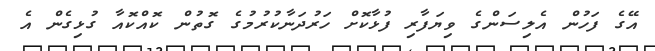
އޭގެ ފަހުން އެލިސަންގެ ވިޔަފާރި ފުޅާކޮށް ހަރުދަނާކުރުމުގެ ގޮތުން ކޮއްކޮއާ ގުޅިގެން އެ